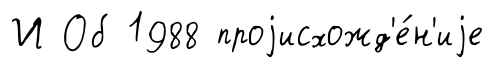
И Об 1988 проjисхожд'е́н'иjе